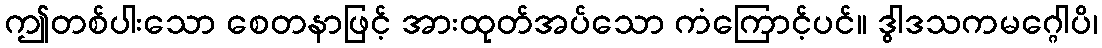
ဤတစ်ပါးသော စေတနာဖြင့် အားထုတ်အပ်သော ကံကြောင့်ပင်။ ဒွါဒသကမဂ္ဂေါပိ၊